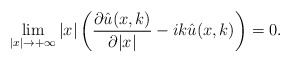
\begin{align*}\lim_{|x|\rightarrow+\infty}|x| \left(\frac{\partial \hat u(x, k)}{\partial |x|}-i k\hat u(x,k) \right)=0. \end{align*}